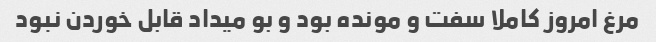
مرغ امروز کاملا سفت و مونده بود و بو میداد قابل خوردن نبود